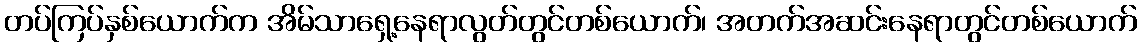
တပ်ကြပ်နှစ်ယောက်က အိမ်သာရှေ့နေရာလွတ်တွင်တစ်ယောက်၊ အတက်အဆင်းနေရာတွင်တစ်ယောက်